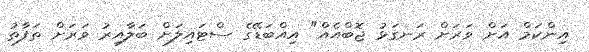
އިންކަމް އަށް ވަރަށް ރަނގަޅު ޖޮބްއެއް" އިއްބަޑޭގެ ސްޓައިލަށް ބަލާއިރު ވަރަށް ތަފާތު